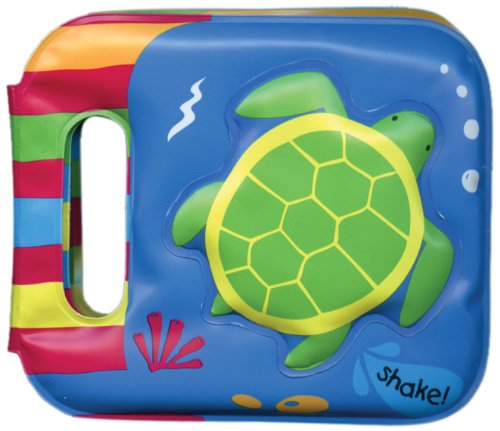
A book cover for Turtle (Shake & Play Bath Books); Children's Books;